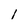
Character: 1